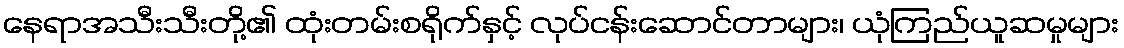
နေရာအသီးသီးတို့၏ ထုံးတမ်းစရိုက်နှင့် လုပ်ငန်းဆောင်တာများ၊ ယုံကြည်ယူဆမှုများ